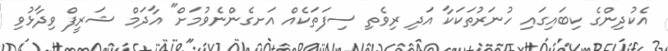
އެކުދިންގެ ކިބައިގައި ހުނަރުތަކަކާ އަދި ރިވެތި ސިފަތަކެއް އަށގެންނެވުމަށް" އާދަމް ޝަރީފް ވިދާޅުވި